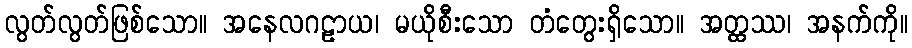
လွတ်လွတ်ဖြစ်သော။ အနေလဂဠာယ၊ မယိုစီးသော တံတွေးရှိသော။ အတ္ထဿ၊ အနက်ကို။